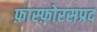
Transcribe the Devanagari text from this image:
फ़ास्फ़ोरसप्रद